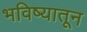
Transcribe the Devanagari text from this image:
भविष्यातून